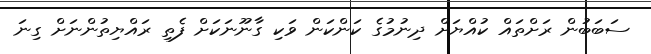
ސަބަބުން ރަށްތައް ކުއްޔަށް ދިނުމުގެ ކަންކަން ވަކި ގާނޫނަކަށް ފެތި ރައްޔިތުންނަށް ގިނަ